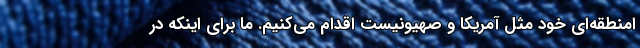
امنطقه‌ای خود مثل آمریکا و صهیونیست اقدام می‌کنیم. ما برای اینکه در